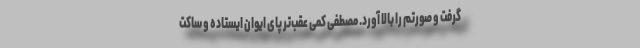
گرفت و صورتم را بالا آورد. مصطفی کمی عقب‌تر پای ایوان ایستاده و ساکت